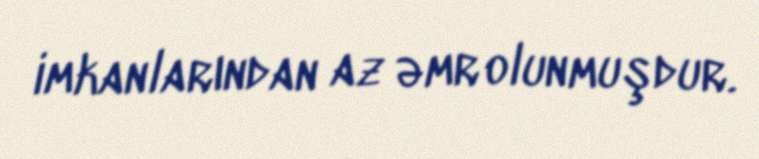
imkanlarından az əmr olunmuşdur.